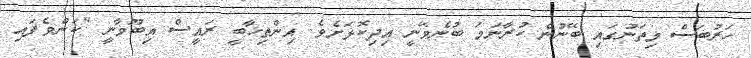
ހަރުބަސް މިތަނުގައި ބޭނުން ކުރާނަމަ ބުނެވޭނީ އިދިކޮޅަށެވެ. އިންތިޚާބީ ރައީސް އިބޫވާނީ "ކަންވެފައި